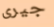
جيرى